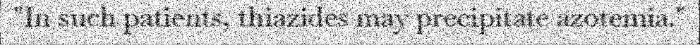
"In such patients, thiazides may precipitate azotemia."